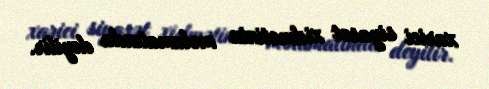
xarici siyasət xidmətinin məlumatında deyilir.